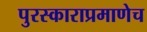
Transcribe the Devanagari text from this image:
पुरस्काराप्रमाणेच